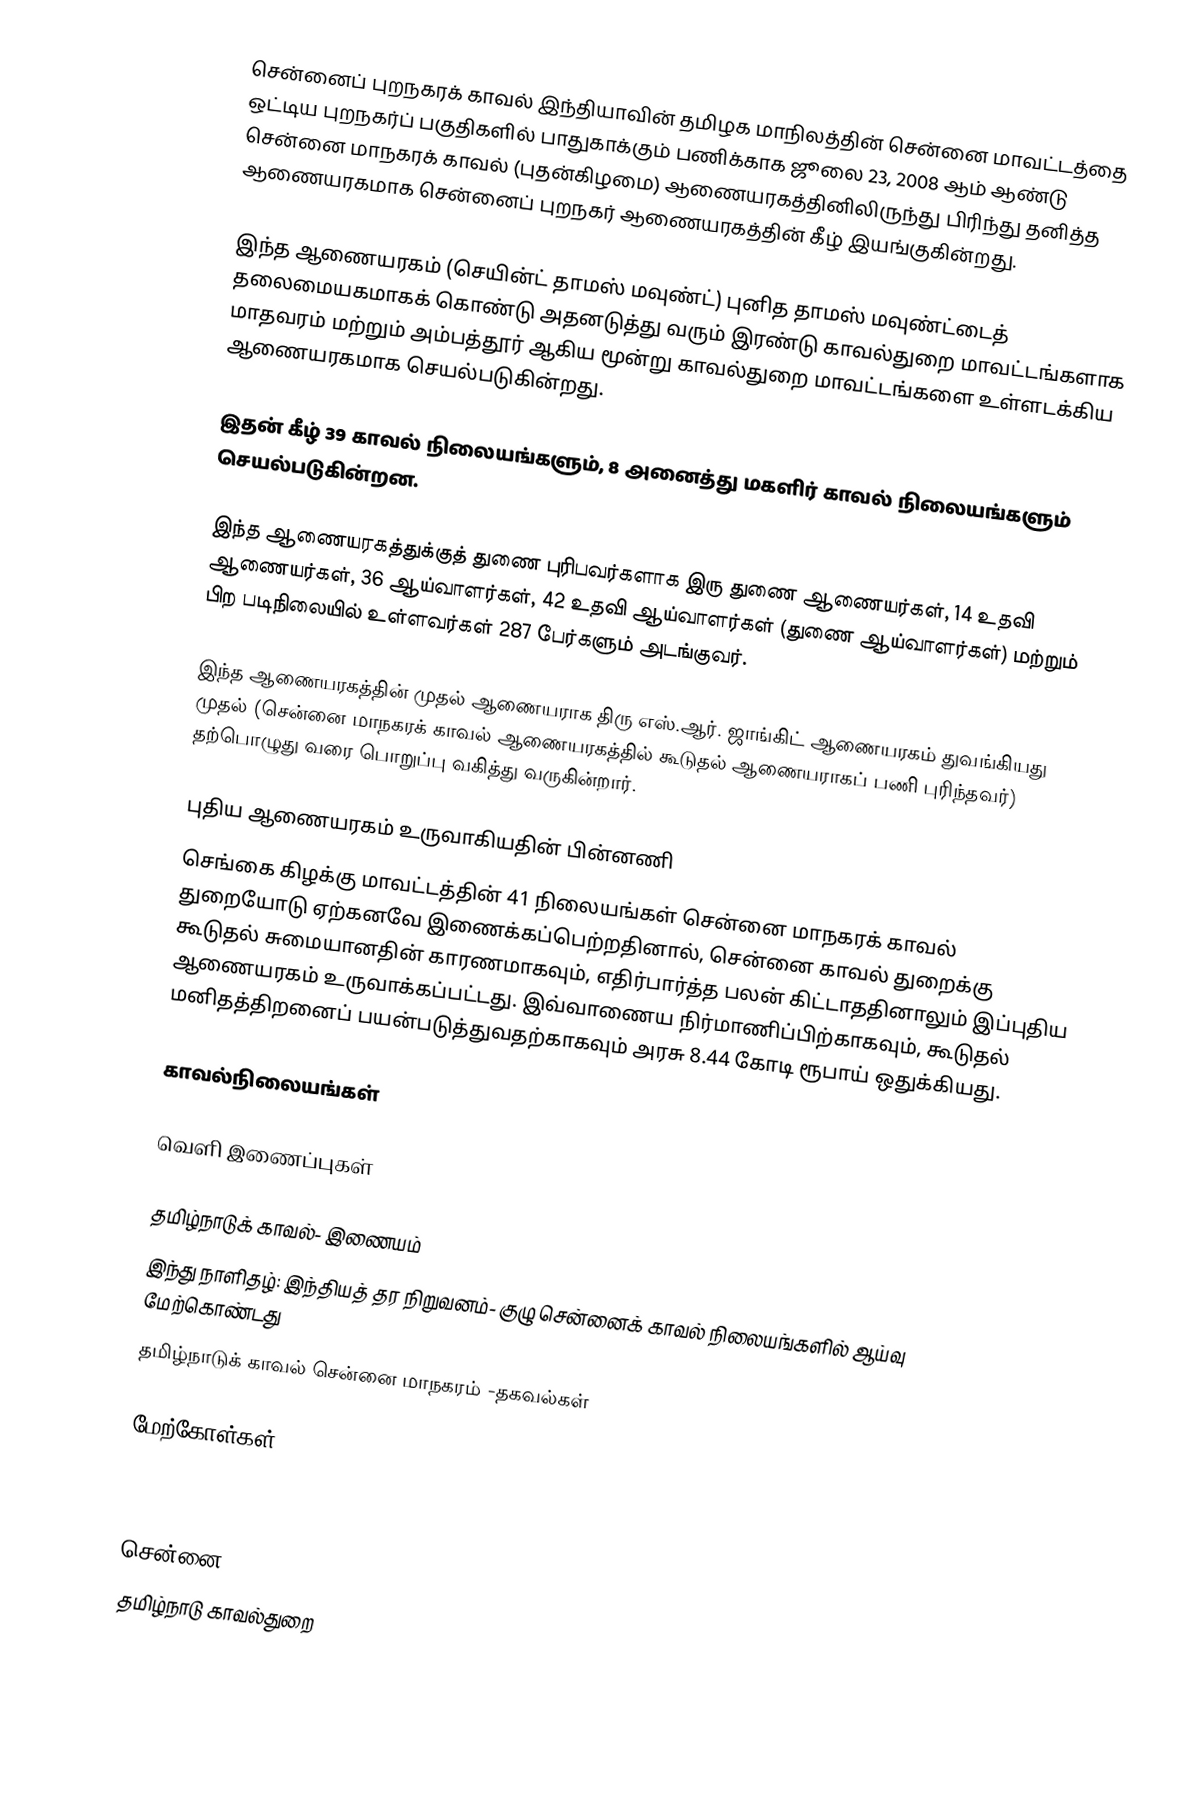
சென்னைப் புறநகரக் காவல் இந்தியாவின் தமிழக மாநிலத்தின் சென்னை மாவட்டத்தை ஒட்டிய புறநகர்ப் பகுதிகளில் பாதுகாக்கும் பணிக்காக ஜூலை 23, 2008 ஆம் ஆண்டு சென்னை மாநகரக் காவல் (புதன்கிழமை) ஆணையரகத்தினிலிருந்து பிரிந்து தனித்த ஆணையரகமாக சென்னைப் புறநகர் ஆணையரகத்தின் கீழ் இயங்குகின்றது.

இந்த ஆணையரகம் (செயின்ட் தாமஸ் மவுண்ட்) புனித தாமஸ் மவுண்ட்டைத் தலைமையகமாகக் கொண்டு அதனடுத்து வரும் இரண்டு காவல்துறை மாவட்டங்களாக மாதவரம்  மற்றும் அம்பத்தூர் ஆகிய மூன்று காவல்துறை மாவட்டங்களை உள்ளடக்கிய ஆணையரகமாக செயல்படுகின்றது.

இதன் கீழ் 39  காவல் நிலையங்களும், 8 அனைத்து மகளிர் காவல் நிலையங்களும் செயல்படுகின்றன.

இந்த ஆணையரகத்துக்குத் துணை புரிபவர்களாக இரு துணை ஆணையர்கள், 14 உதவி ஆணையர்கள், 36 ஆய்வாளர்கள், 42 உதவி ஆய்வாளர்கள் (துணை ஆய்வாளர்கள்) மற்றும் பிற படிநிலையில் உள்ளவர்கள் 287 பேர்களும்  அடங்குவர்.

இந்த ஆணையரகத்தின் முதல் ஆணையராக திரு எஸ்.ஆர். ஜாங்கிட் ஆணையரகம் துவங்கியது முதல் (சென்னை மாநகரக் காவல் ஆணையரகத்தில் கூடுதல் ஆணையராகப் பணி புரிந்தவர்)  தற்பொழுது வரை பொறுப்பு வகித்து வருகின்றார்.

புதிய ஆணையரகம் உருவாகியதின் பின்னணி
செங்கை கிழக்கு மாவட்டத்தின் 41 நிலையங்கள் சென்னை மாநகரக் காவல் துறையோடு ஏற்கனவே இணைக்கப்பெற்றதினால், சென்னை காவல் துறைக்கு கூடுதல் சுமையானதின் காரணமாகவும், எதிர்பார்த்த பலன் கிட்டாததினாலும் இப்புதிய ஆணையரகம் உருவாக்கப்பட்டது. இவ்வாணைய நிர்மாணிப்பிற்காகவும், கூடுதல் மனிதத்திறனைப் பயன்படுத்துவதற்காகவும் அரசு 8.44 கோடி ரூபாய் ஒதுக்கியது.

காவல்நிலையங்கள்

வெளி இணைப்புகள்

 தமிழ்நாடுக் காவல்- இணையம்
 இந்து நாளிதழ்:  இந்தியத் தர நிறுவனம்- குழு சென்னைக் காவல் நிலையங்களில் ஆய்வு மேற்கொண்டது
 தமிழ்நாடுக் காவல் சென்னை மாநகரம் -தகவல்கள்

மேற்கோள்கள்



சென்னை
தமிழ்நாடு காவல்துறை